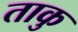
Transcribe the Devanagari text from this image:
ताकु